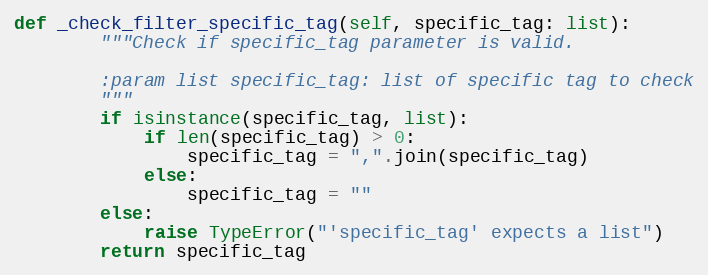
Language: Python
def _check_filter_specific_tag(self, specific_tag: list):
        """Check if specific_tag parameter is valid.

        :param list specific_tag: list of specific tag to check
        """
        if isinstance(specific_tag, list):
            if len(specific_tag) > 0:
                specific_tag = ",".join(specific_tag)
            else:
                specific_tag = ""
        else:
            raise TypeError("'specific_tag' expects a list")
        return specific_tag